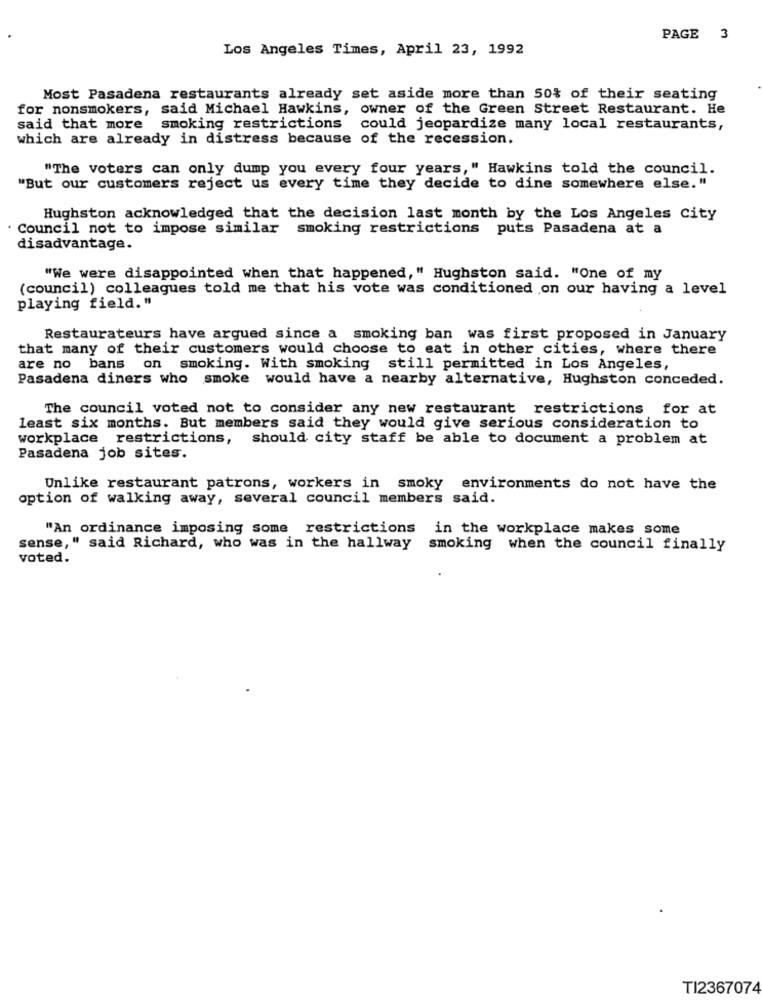
PAGE 3
Los Angeles Times, April 23, 1992
Most Pasadena restaurants already set aside more than 50% of their seating
for nonsmokers, said Michael Hawkins, owner of the Green Street Restaurant. He
said that more smoking restrictions could jeopardize many local restaurants,
which are already in distress because of the recession.
"The voters can only dump you every four years," Hawkins told the council.
"But our customers reject us every time they decide to dine somewhere else."
Hughston acknowledged that the decision last month by the Los Angeles city
Council not to impose similar smoking restrictions puts Pasadena at a
disadvantage.
"We were disappointed when that happened," Hughston said. "One of my
(council) colleagues told me that his vote was conditioned on our having a level
playing field."
Restaurateurs have argued since a smoking ban was first proposed in January
that many of their customers would choose to eat in other cities, where there
are no bans on smoking. With smoking still permitted in Los Angeles,
Pasadena diners who smoke would have a nearby alternative, Hughston conceded.
The council voted not to consider any new restaurant restrictions for at
least six months. But members said they would give serious consideration to
workplace restrictions, should city staff be able to document a problem at
Pasadena job sites.
Unlike restaurant patrons, workers in smoky environments do not have the
option of walking away, several council members said.
"An ordinance imposing some restrictions in the workplace makes some
sense," said Richard, who was in the hallway
smoking when the council finally
voted.
TI2367074